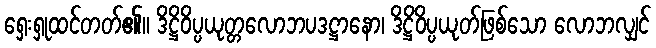
ရှေးရှုထင်တတ်၏။ ဒိဋ္ဌိဝိပ္ပယုတ္တလောဘပဒဋ္ဌာနော၊ ဒိဋ္ဌိဝိပ္ပယုတ်ဖြစ်သော လောဘလျှင်